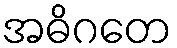
အဓိဂတေ